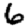
Digit: 6